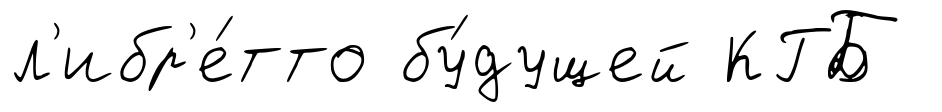
л'ибр'е́тто бу́дущей КГБ